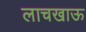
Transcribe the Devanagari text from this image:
लाचखाऊ